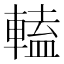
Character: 𨍰